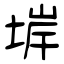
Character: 堓